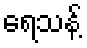
ရေသန့်